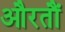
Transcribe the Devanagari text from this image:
औरतौं